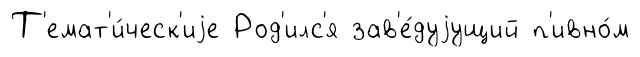
Т'емат'и́ческ'иjе Род'илс'я зав'е́дуjущий п'ивно́м